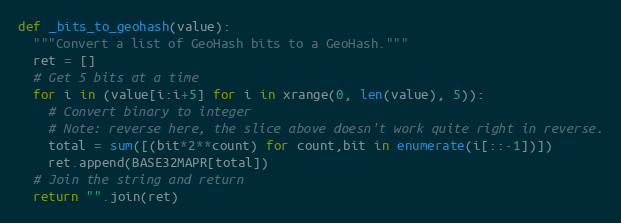
Language: Python
def _bits_to_geohash(value):
  """Convert a list of GeoHash bits to a GeoHash."""
  ret = []
  # Get 5 bits at a time
  for i in (value[i:i+5] for i in xrange(0, len(value), 5)):
    # Convert binary to integer
    # Note: reverse here, the slice above doesn't work quite right in reverse.
    total = sum([(bit*2**count) for count,bit in enumerate(i[::-1])])
    ret.append(BASE32MAPR[total])
  # Join the string and return
  return "".join(ret)